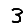
Digit: 3